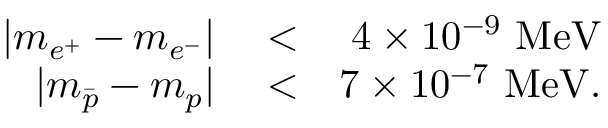
\begin{array} { r l r } { | m _ { e ^ { + } } - m _ { e ^ { - } } | } & { { } < } & { 4 \times 1 0 ^ { - 9 } ~ \mathrm { M e V } } \\ { | m _ { \bar { p } } - m _ { p } | } & { { } < } & { 7 \times 1 0 ^ { - 7 } ~ \mathrm { M e V } . } \end{array}